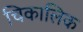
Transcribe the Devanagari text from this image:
चिकालिक